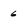
Character: 6